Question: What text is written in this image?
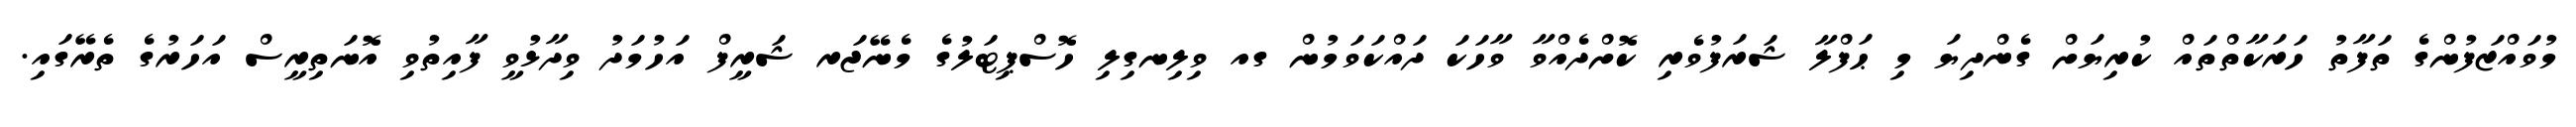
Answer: މުވައްޒަފުންގެ ތަފާތު ހަރަކާތްތައް ކުރިޔަށް ގެންދިޔަ މި ޙަފްލާ ޝަރަފުވެރި ކޮށްދެއްވާ ވާހަކަ ދައްކަވަމުން ގއ ވިލިނގިލި ހޮސްޕިޓަލުގެ މެނޭޖަރ ޝަރީފް އަހުމަދު ވިދާޅުވީ ފާއިތުވި އޮނަތިރީސް އަހަރުގެ ތެރޭގައި.